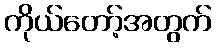
ကိုယ်တော့်အတွက်